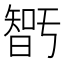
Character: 𭧝